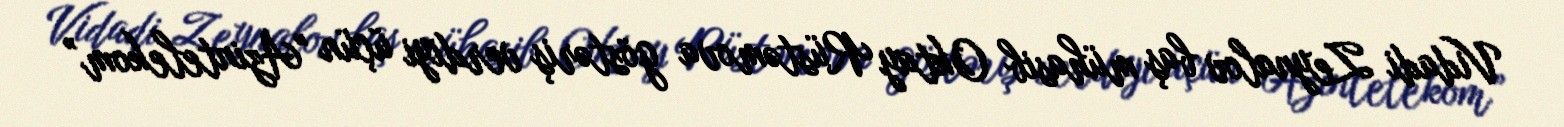
Vidadi Zeynalov baş mühasib Oktay Rüstəmova göstəriş verdiyi üçün "Azintelekom”